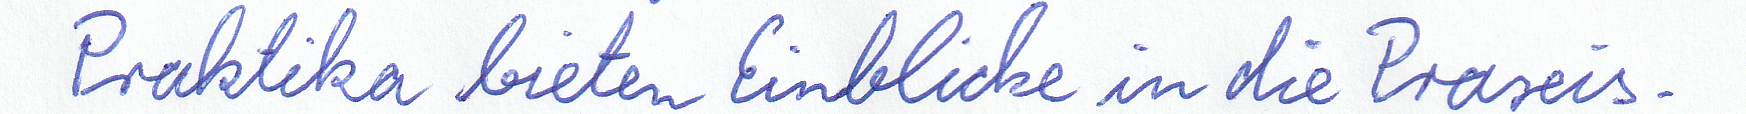
Praktika bieten Einblicke in die Praxis.